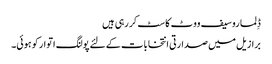
ڈِلما روسیف ووٹ کاسٹ کر رہی ہیں
برازیل میں صدارتی انتخابات کے لئے پولنگ اتوار کو ہوئی۔